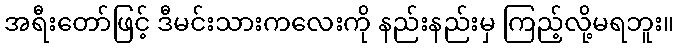
အရီးတော်ဖြင့် ဒီမင်းသားကလေးကို နည်းနည်းမှ ကြည့်လို့မရဘူး။